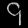
Digit: ၄